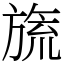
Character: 旒